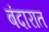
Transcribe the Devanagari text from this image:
बंदारात